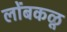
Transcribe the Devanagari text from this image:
लोंबकळू